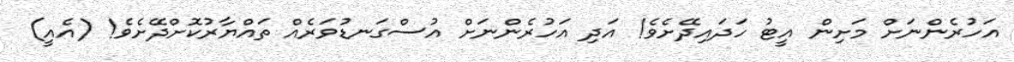
އަހުރެންނަށް މަށިން އީޓު ހަދައިދޭށެވެ! އަދި އަހުރެންނަށް އުސްގަނޑުވަރެއް ތައްޔާރުކޮށްދޭށެވެ! (އެއީ)